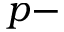
p -